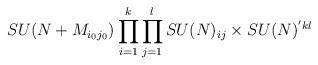
LaTeX: \begin{align*}SU(N + M_{i_{0}j_{0}}) \prod_{i=1}^{k}\prod_{j=1}^{l} SU(N)_{ij} \times SU(N)^{'kl}\end{align*}